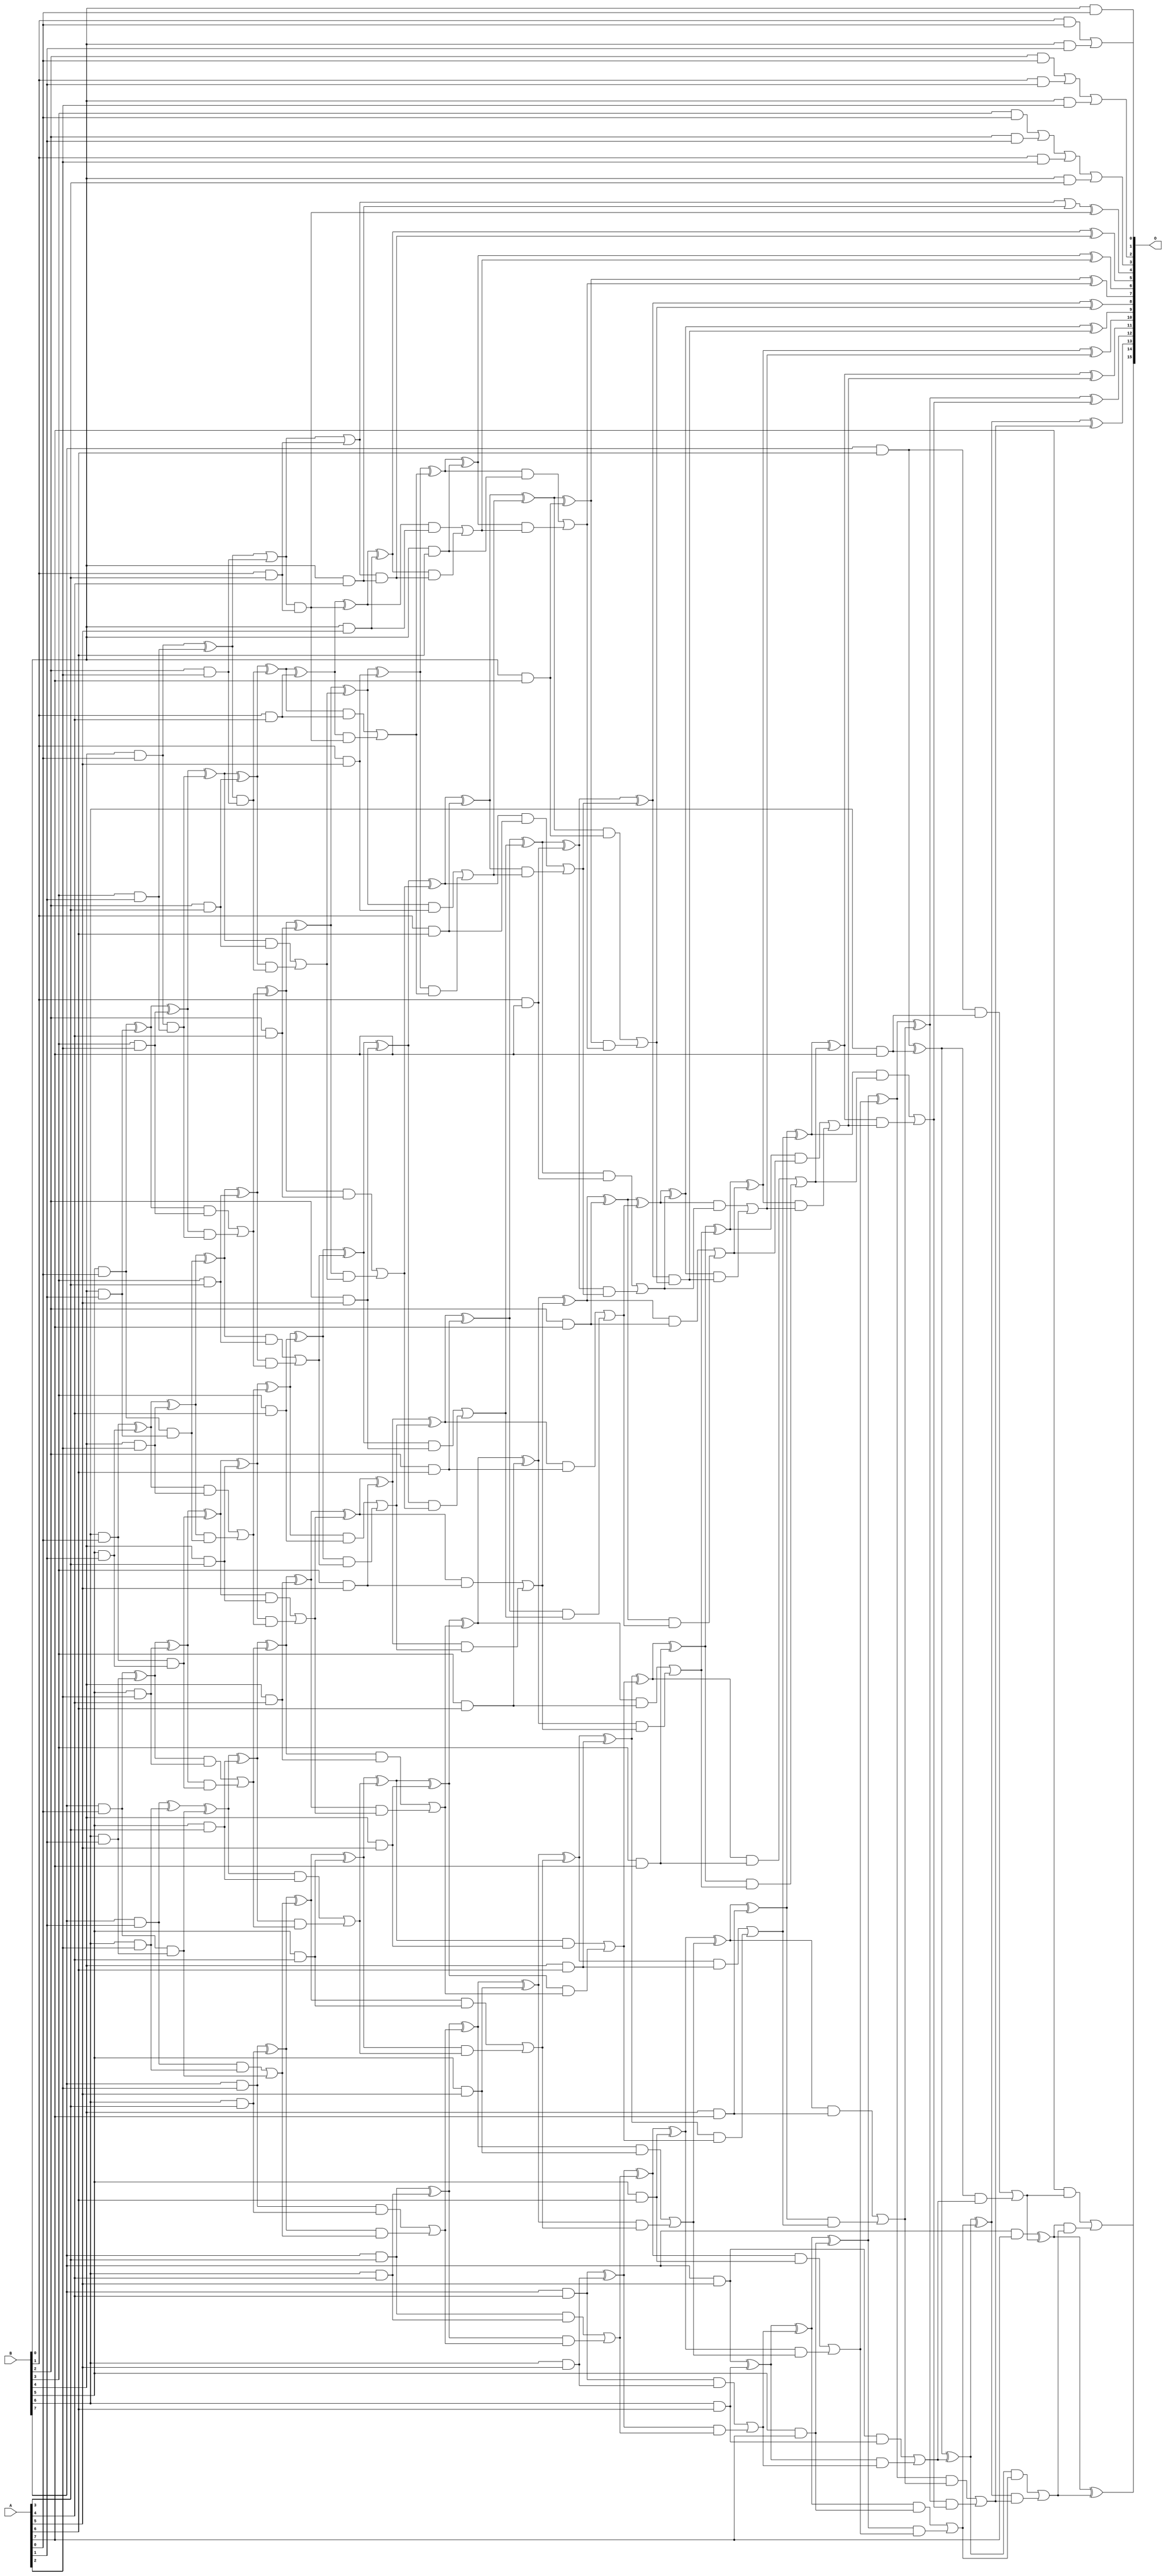
/***
* This code is a part of EvoApproxLib library (ehw.fit.vutbr.cz/approxlib) distributed under The MIT License.
* When used, please cite the following article(s): V. Mrazek, R. Hrbacek, Z. Vasicek and L. Sekanina, "EvoApprox8b: Library of approximate adders and multipliers for circuit design and benchmarking of approximation methods". Design, Automation & Test in Europe Conference & Exhibition (DATE), 2017, Lausanne, 2017, pp. 258-261. doi: 10.23919/DATE.2017.7926993 
* This file contains a circuit from a sub-set of pareto optimal circuits with respect to the pwr and mre parameters
***/
// MAE% = 0.0067 %
// MAE = 4.4 
// WCE% = 0.052 %
// WCE = 34 
// WCRE% = 36.73 %
// EP% = 40.43 %
// MRE% = 0.13 %
// MSE = 61 
// PDK45_PWR = 0.365 mW
// PDK45_AREA = 651.9 um2
// PDK45_DELAY = 1.41 ns

module mul8u_ZDF (
    A,
    B,
    O
);

input [7:0] A;
input [7:0] B;
output [15:0] O;

wire sig_16,sig_17,sig_18,sig_19,sig_20,sig_21,sig_22,sig_23,sig_24,sig_25,sig_26,sig_27,sig_28,sig_29,sig_30,sig_31,sig_32,sig_34,sig_36,sig_38;
wire sig_39,sig_40,sig_41,sig_42,sig_43,sig_44,sig_45,sig_46,sig_47,sig_48,sig_49,sig_50,sig_51,sig_52,sig_53,sig_54,sig_59,sig_64,sig_65,sig_69;
wire sig_70,sig_71,sig_72,sig_73,sig_74,sig_75,sig_76,sig_77,sig_78,sig_79,sig_80,sig_81,sig_82,sig_83,sig_84,sig_85,sig_87,sig_88,sig_89,sig_90;
wire sig_91,sig_92,sig_93,sig_94,sig_95,sig_96,sig_97,sig_102,sig_103,sig_107,sig_108,sig_109,sig_110,sig_111,sig_112,sig_113,sig_114,sig_115,sig_116,sig_117;
wire sig_118,sig_119,sig_120,sig_121,sig_122,sig_123,sig_124,sig_125,sig_126,sig_127,sig_128,sig_129,sig_130,sig_131,sig_132,sig_133,sig_134,sig_135,sig_136,sig_137;
wire sig_138,sig_139,sig_140,sig_141,sig_143,sig_145,sig_146,sig_147,sig_148,sig_149,sig_150,sig_151,sig_152,sig_153,sig_154,sig_155,sig_156,sig_157,sig_158,sig_159;
wire sig_160,sig_161,sig_162,sig_163,sig_164,sig_165,sig_166,sig_167,sig_168,sig_169,sig_170,sig_171,sig_172,sig_173,sig_174,sig_175,sig_176,sig_177,sig_178,sig_179;
wire sig_180,sig_181,sig_182,sig_183,sig_184,sig_185,sig_186,sig_187,sig_188,sig_189,sig_190,sig_191,sig_192,sig_193,sig_194,sig_195,sig_196,sig_197,sig_198,sig_199;
wire sig_200,sig_201,sig_202,sig_203,sig_204,sig_205,sig_206,sig_207,sig_208,sig_209,sig_210,sig_211,sig_212,sig_213,sig_214,sig_215,sig_216,sig_217,sig_218,sig_219;
wire sig_220,sig_221,sig_222,sig_223,sig_224,sig_225,sig_226,sig_227,sig_228,sig_229,sig_230,sig_231,sig_232,sig_233,sig_234,sig_235,sig_236,sig_237,sig_238,sig_239;
wire sig_240,sig_241,sig_242,sig_243,sig_244,sig_245,sig_246,sig_247,sig_248,sig_249,sig_250,sig_251,sig_252,sig_253,sig_254,sig_255,sig_256,sig_257,sig_258,sig_259;
wire sig_260,sig_261,sig_262,sig_263,sig_264,sig_265,sig_266,sig_267,sig_268,sig_269,sig_270,sig_271,sig_272,sig_273,sig_274,sig_275,sig_276,sig_277,sig_278,sig_279;
wire sig_280,sig_281,sig_282,sig_283,sig_284,sig_285,sig_286,sig_287,sig_288,sig_289,sig_290,sig_291,sig_292,sig_293,sig_294,sig_295,sig_296,sig_297,sig_298,sig_299;
wire sig_300,sig_301,sig_302,sig_303,sig_304,sig_305,sig_306,sig_307,sig_308,sig_309,sig_310,sig_311,sig_312,sig_313,sig_314,sig_315,sig_316,sig_317,sig_318,sig_319;
wire sig_320,sig_321,sig_322,sig_323,sig_324,sig_325,sig_326,sig_327,sig_328,sig_329,sig_330,sig_331,sig_332,sig_333,sig_334,sig_335;

assign sig_16 = B[0] & A[0];
assign sig_17 = B[1] & A[0];
assign sig_18 = B[2] & A[0];
assign sig_19 = B[3] & A[0];
assign sig_20 = B[4] & A[0];
assign sig_21 = B[5] & A[0];
assign sig_22 = B[6] & A[0];
assign sig_23 = B[7] & A[0];
assign sig_24 = B[0] & A[1];
assign sig_25 = B[1] & A[1];
assign sig_26 = B[2] & A[1];
assign sig_27 = B[3] & A[1];
assign sig_28 = B[4] & A[1];
assign sig_29 = B[5] & A[1];
assign sig_30 = B[6] & A[1];
assign sig_31 = B[7] & A[1];
assign sig_32 = sig_17 | sig_24;
assign sig_34 = sig_18 | sig_25;
assign sig_36 = sig_19 | sig_26;
assign sig_38 = sig_20 ^ sig_27;
assign sig_39 = sig_20 & sig_27;
assign sig_40 = sig_21 ^ sig_28;
assign sig_41 = sig_21 & sig_28;
assign sig_42 = sig_22 ^ sig_29;
assign sig_43 = sig_22 & sig_29;
assign sig_44 = sig_23 ^ sig_30;
assign sig_45 = sig_23 & sig_30;
assign sig_46 = B[0] & A[2];
assign sig_47 = B[1] & A[2];
assign sig_48 = B[2] & A[2];
assign sig_49 = B[3] & A[2];
assign sig_50 = B[4] & A[2];
assign sig_51 = B[5] & A[2];
assign sig_52 = B[6] & A[2];
assign sig_53 = B[7] & A[2];
assign sig_54 = sig_34 | sig_46;
assign sig_59 = sig_36 | sig_47;
assign sig_64 = sig_38 | sig_48;
assign sig_65 = sig_38 & sig_48;
assign sig_69 = sig_40 ^ sig_49;
assign sig_70 = sig_40 & sig_49;
assign sig_71 = sig_69 & sig_39;
assign sig_72 = sig_69 ^ sig_39;
assign sig_73 = sig_70 | sig_71;
assign sig_74 = sig_42 ^ sig_50;
assign sig_75 = sig_42 & sig_50;
assign sig_76 = sig_74 & sig_41;
assign sig_77 = sig_74 ^ sig_41;
assign sig_78 = sig_75 | sig_76;
assign sig_79 = sig_44 ^ sig_51;
assign sig_80 = sig_44 & sig_51;
assign sig_81 = sig_79 & sig_43;
assign sig_82 = sig_79 ^ sig_43;
assign sig_83 = sig_80 | sig_81;
assign sig_84 = sig_31 ^ sig_52;
assign sig_85 = sig_31 & sig_52;
assign sig_87 = sig_84 ^ sig_45;
assign sig_88 = sig_85 | sig_45;
assign sig_89 = B[0] & A[3];
assign sig_90 = B[1] & A[3];
assign sig_91 = B[2] & A[3];
assign sig_92 = B[3] & A[3];
assign sig_93 = B[4] & A[3];
assign sig_94 = B[5] & A[3];
assign sig_95 = B[6] & A[3];
assign sig_96 = B[7] & A[3];
assign sig_97 = sig_59 | sig_89;
assign sig_102 = sig_64 | sig_90;
assign sig_103 = sig_64 & sig_90;
assign sig_107 = sig_72 ^ sig_91;
assign sig_108 = sig_72 & sig_91;
assign sig_109 = sig_107 & sig_65;
assign sig_110 = sig_107 ^ sig_65;
assign sig_111 = sig_108 | sig_109;
assign sig_112 = sig_77 ^ sig_92;
assign sig_113 = sig_77 & sig_92;
assign sig_114 = sig_112 & sig_73;
assign sig_115 = sig_112 ^ sig_73;
assign sig_116 = sig_113 | sig_114;
assign sig_117 = sig_82 ^ sig_93;
assign sig_118 = sig_82 & sig_93;
assign sig_119 = sig_117 & sig_78;
assign sig_120 = sig_117 ^ sig_78;
assign sig_121 = sig_118 | sig_119;
assign sig_122 = sig_87 ^ sig_94;
assign sig_123 = sig_87 & sig_94;
assign sig_124 = sig_122 & sig_83;
assign sig_125 = sig_122 ^ sig_83;
assign sig_126 = sig_123 | sig_124;
assign sig_127 = sig_53 ^ sig_95;
assign sig_128 = sig_53 & sig_95;
assign sig_129 = sig_127 & sig_88;
assign sig_130 = sig_127 ^ sig_88;
assign sig_131 = sig_128 | sig_129;
assign sig_132 = B[0] & A[4];
assign sig_133 = B[1] & A[4];
assign sig_134 = B[2] & A[4];
assign sig_135 = B[3] & A[4];
assign sig_136 = B[4] & A[4];
assign sig_137 = B[5] & A[4];
assign sig_138 = B[6] & A[4];
assign sig_139 = B[7] & A[4];
assign sig_140 = sig_102 | sig_132;
assign sig_141 = sig_102 & sig_132;
assign sig_143 = sig_140 ^ sig_103;
assign sig_145 = sig_110 ^ sig_133;
assign sig_146 = sig_110 & sig_133;
assign sig_147 = sig_145 & sig_103;
assign sig_148 = sig_145 ^ sig_103;
assign sig_149 = sig_146 | sig_147;
assign sig_150 = sig_115 ^ sig_134;
assign sig_151 = sig_115 & sig_134;
assign sig_152 = sig_150 & sig_111;
assign sig_153 = sig_150 ^ sig_111;
assign sig_154 = sig_151 | sig_152;
assign sig_155 = sig_120 ^ sig_135;
assign sig_156 = sig_120 & sig_135;
assign sig_157 = sig_155 & sig_116;
assign sig_158 = sig_155 ^ sig_116;
assign sig_159 = sig_156 | sig_157;
assign sig_160 = sig_125 ^ sig_136;
assign sig_161 = sig_125 & sig_136;
assign sig_162 = sig_160 & sig_121;
assign sig_163 = sig_160 ^ sig_121;
assign sig_164 = sig_161 | sig_162;
assign sig_165 = sig_130 ^ sig_137;
assign sig_166 = sig_130 & sig_137;
assign sig_167 = sig_165 & sig_126;
assign sig_168 = sig_165 ^ sig_126;
assign sig_169 = sig_166 | sig_167;
assign sig_170 = sig_96 ^ sig_138;
assign sig_171 = sig_96 & sig_138;
assign sig_172 = sig_170 & sig_131;
assign sig_173 = sig_170 ^ sig_131;
assign sig_174 = sig_171 | sig_172;
assign sig_175 = B[0] & A[5];
assign sig_176 = B[1] & A[5];
assign sig_177 = B[2] & A[5];
assign sig_178 = B[3] & A[5];
assign sig_179 = B[4] & A[5];
assign sig_180 = B[5] & A[5];
assign sig_181 = B[6] & A[5];
assign sig_182 = B[7] & A[5];
assign sig_183 = sig_148 ^ sig_175;
assign sig_184 = sig_148 & sig_175;
assign sig_185 = sig_183 & sig_141;
assign sig_186 = sig_183 ^ sig_141;
assign sig_187 = sig_184 | sig_185;
assign sig_188 = sig_153 ^ sig_176;
assign sig_189 = sig_153 & sig_176;
assign sig_190 = sig_188 & sig_149;
assign sig_191 = sig_188 ^ sig_149;
assign sig_192 = sig_189 | sig_190;
assign sig_193 = sig_158 ^ sig_177;
assign sig_194 = sig_158 & sig_177;
assign sig_195 = sig_193 & sig_154;
assign sig_196 = sig_193 ^ sig_154;
assign sig_197 = sig_194 | sig_195;
assign sig_198 = sig_163 ^ sig_178;
assign sig_199 = sig_163 & sig_178;
assign sig_200 = sig_198 & sig_159;
assign sig_201 = sig_198 ^ sig_159;
assign sig_202 = sig_199 | sig_200;
assign sig_203 = sig_168 ^ sig_179;
assign sig_204 = sig_168 & sig_179;
assign sig_205 = sig_203 & sig_164;
assign sig_206 = sig_203 ^ sig_164;
assign sig_207 = sig_204 | sig_205;
assign sig_208 = sig_173 ^ sig_180;
assign sig_209 = sig_173 & sig_180;
assign sig_210 = sig_208 & sig_169;
assign sig_211 = sig_208 ^ sig_169;
assign sig_212 = sig_209 | sig_210;
assign sig_213 = sig_139 ^ sig_181;
assign sig_214 = sig_139 & sig_181;
assign sig_215 = sig_213 & sig_174;
assign sig_216 = sig_213 ^ sig_174;
assign sig_217 = sig_214 | sig_215;
assign sig_218 = B[0] & A[6];
assign sig_219 = B[1] & A[6];
assign sig_220 = B[2] & A[6];
assign sig_221 = B[3] & A[6];
assign sig_222 = B[4] & A[6];
assign sig_223 = B[5] & A[6];
assign sig_224 = B[6] & A[6];
assign sig_225 = B[7] & A[6];
assign sig_226 = sig_191 ^ sig_218;
assign sig_227 = sig_191 & sig_218;
assign sig_228 = sig_226 & sig_187;
assign sig_229 = sig_226 ^ sig_187;
assign sig_230 = sig_227 | sig_228;
assign sig_231 = sig_196 ^ sig_219;
assign sig_232 = sig_196 & sig_219;
assign sig_233 = sig_231 & sig_192;
assign sig_234 = sig_231 ^ sig_192;
assign sig_235 = sig_232 | sig_233;
assign sig_236 = sig_201 ^ sig_220;
assign sig_237 = sig_201 & sig_220;
assign sig_238 = sig_236 & sig_197;
assign sig_239 = sig_236 ^ sig_197;
assign sig_240 = sig_237 | sig_238;
assign sig_241 = sig_206 ^ sig_221;
assign sig_242 = sig_206 & sig_221;
assign sig_243 = sig_241 & sig_202;
assign sig_244 = sig_241 ^ sig_202;
assign sig_245 = sig_242 | sig_243;
assign sig_246 = sig_211 ^ sig_222;
assign sig_247 = sig_211 & sig_222;
assign sig_248 = sig_246 & sig_207;
assign sig_249 = sig_246 ^ sig_207;
assign sig_250 = sig_247 | sig_248;
assign sig_251 = sig_216 ^ sig_223;
assign sig_252 = sig_216 & sig_223;
assign sig_253 = sig_251 & sig_212;
assign sig_254 = sig_251 ^ sig_212;
assign sig_255 = sig_252 | sig_253;
assign sig_256 = sig_182 ^ sig_224;
assign sig_257 = sig_182 & sig_224;
assign sig_258 = sig_256 & sig_217;
assign sig_259 = sig_256 ^ sig_217;
assign sig_260 = sig_257 | sig_258;
assign sig_261 = B[0] & A[7];
assign sig_262 = B[1] & A[7];
assign sig_263 = B[2] & A[7];
assign sig_264 = B[3] & A[7];
assign sig_265 = B[4] & A[7];
assign sig_266 = B[5] & A[7];
assign sig_267 = B[6] & A[7];
assign sig_268 = B[7] & A[7];
assign sig_269 = sig_234 ^ sig_261;
assign sig_270 = sig_234 & sig_261;
assign sig_271 = sig_269 & sig_230;
assign sig_272 = sig_269 ^ sig_230;
assign sig_273 = sig_270 | sig_271;
assign sig_274 = sig_239 ^ sig_262;
assign sig_275 = sig_239 & sig_262;
assign sig_276 = sig_274 & sig_235;
assign sig_277 = sig_274 ^ sig_235;
assign sig_278 = sig_275 | sig_276;
assign sig_279 = sig_244 ^ sig_263;
assign sig_280 = sig_244 & sig_263;
assign sig_281 = sig_279 & sig_240;
assign sig_282 = sig_279 ^ sig_240;
assign sig_283 = sig_280 | sig_281;
assign sig_284 = sig_249 ^ sig_264;
assign sig_285 = sig_249 & sig_264;
assign sig_286 = sig_284 & sig_245;
assign sig_287 = sig_284 ^ sig_245;
assign sig_288 = sig_285 | sig_286;
assign sig_289 = sig_254 ^ sig_265;
assign sig_290 = sig_254 & sig_265;
assign sig_291 = sig_289 & sig_250;
assign sig_292 = sig_289 ^ sig_250;
assign sig_293 = sig_290 | sig_291;
assign sig_294 = sig_259 ^ sig_266;
assign sig_295 = sig_259 & sig_266;
assign sig_296 = sig_294 & sig_255;
assign sig_297 = sig_294 ^ sig_255;
assign sig_298 = sig_295 | sig_296;
assign sig_299 = sig_225 ^ sig_267;
assign sig_300 = sig_225 & sig_267;
assign sig_301 = sig_299 & sig_260;
assign sig_302 = sig_299 ^ sig_260;
assign sig_303 = sig_300 | sig_301;
assign sig_304 = sig_277 ^ sig_273;
assign sig_305 = sig_277 & sig_273;
assign sig_306 = sig_282 ^ sig_278;
assign sig_307 = sig_282 & sig_278;
assign sig_308 = sig_306 & sig_305;
assign sig_309 = sig_306 ^ sig_305;
assign sig_310 = sig_307 | sig_308;
assign sig_311 = sig_287 ^ sig_283;
assign sig_312 = sig_287 & sig_283;
assign sig_313 = sig_311 & sig_310;
assign sig_314 = sig_311 ^ sig_310;
assign sig_315 = sig_312 | sig_313;
assign sig_316 = sig_292 ^ sig_288;
assign sig_317 = sig_292 & sig_288;
assign sig_318 = sig_316 & sig_315;
assign sig_319 = sig_316 ^ sig_315;
assign sig_320 = sig_317 | sig_318;
assign sig_321 = sig_297 ^ sig_293;
assign sig_322 = sig_297 & sig_293;
assign sig_323 = sig_321 & sig_320;
assign sig_324 = sig_321 ^ sig_320;
assign sig_325 = sig_322 | sig_323;
assign sig_326 = sig_302 ^ sig_298;
assign sig_327 = sig_302 & sig_298;
assign sig_328 = sig_326 & sig_325;
assign sig_329 = sig_326 ^ sig_325;
assign sig_330 = sig_327 | sig_328;
assign sig_331 = sig_268 ^ sig_303;
assign sig_332 = A[7] & sig_303;
assign sig_333 = sig_331 & sig_330;
assign sig_334 = sig_331 ^ sig_330;
assign sig_335 = sig_332 | sig_333;

assign O[15] = sig_335;
assign O[14] = sig_334;
assign O[13] = sig_329;
assign O[12] = sig_324;
assign O[11] = sig_319;
assign O[10] = sig_314;
assign O[9] = sig_309;
assign O[8] = sig_304;
assign O[7] = sig_272;
assign O[6] = sig_229;
assign O[5] = sig_186;
assign O[4] = sig_143;
assign O[3] = sig_97;
assign O[2] = sig_54;
assign O[1] = sig_32;
assign O[0] = sig_16;

endmodule